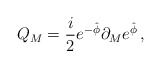
\begin{align*}Q_M = {i\over 2} e^{-\hat \phi} \partial_M e^{ \hat \phi} \, ,\end{align*}